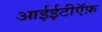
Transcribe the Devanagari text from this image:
आईईटीऍफ़